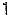
1